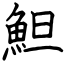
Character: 䱇